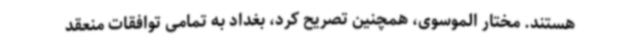
هستند. مختار الموسوی، همچنین تصریح کرد، بغداد به تمامی توافقات منعقد